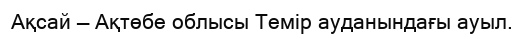
Ақсай — Ақтөбе облысы Темір ауданындағы ауыл.